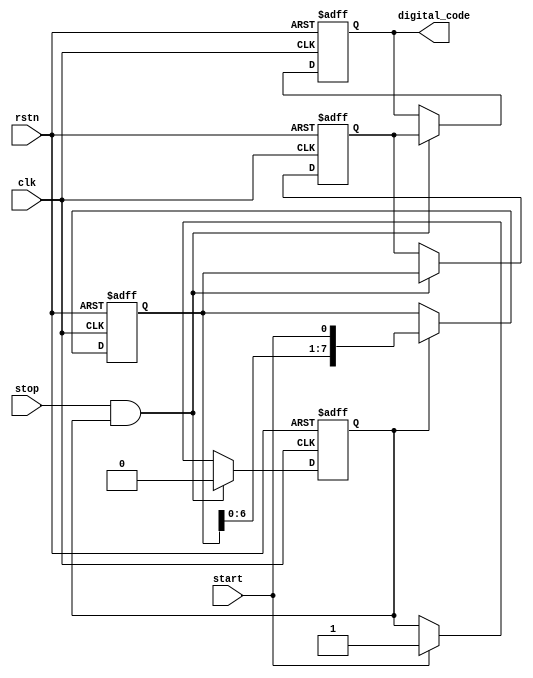
module TDC (
    input wire clk,              // System clock
    input wire rstn,            // Active low reset
    input wire start,           // Start signal
    input wire stop,            // Stop signal
    output reg [N-1:0] digital_code // Output register for measured time
);

    parameter N = 8;            // Number of delay elements (adjust for resolution)
    parameter DELAY_WIDTH = 4;  // Delay element width (in clock cycles)

    reg [N-1:0] delay_line;     // Delay line storage
    reg [N-1:0] capture;        // Captured state of the delay line
    reg measuring;              // Indicates if measurement is in progress

    // Generate delay elements
    // Simple example using shift register style delay; replace with actual delay elements in hardware
    always @(posedge clk or negedge rstn) begin
        if (!rstn) begin
            delay_line <= 0;
        end else if (measuring) begin
            delay_line <= {delay_line[N-2:0], start}; // Shift in the start signal
        end
    end

    // Control logic for measurement
    always @(posedge clk or negedge rstn) begin
        if (!rstn) begin
            digital_code <= 0;
            measuring <= 0;
            capture <= 0;
        end else begin
            if (start) begin
                measuring <= 1; // Start measurement
            end
            if (stop && measuring) begin
                capture <= delay_line; // Capture the state of the delay line
                digital_code <= capture; // Store captured value in output register
                measuring <= 0; // End measurement
            end
        end
    end

endmodule